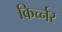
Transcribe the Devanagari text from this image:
किर्च्नर